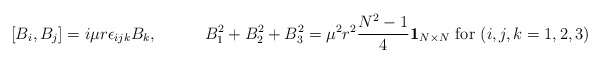
\begin{align*}[B_{i}, B_{j}] = i \mu r \epsilon_{ijk} B_{k}, \hspace{12mm} B_{1}^{2} + B_{2}^{2} + B_{3}^{2} = \mu^{2} r^{2} \frac{N^{2} - 1}{4} {\bf 1}_{N \times N} \textrm{ for } (i,j,k=1,2,3)\end{align*}